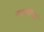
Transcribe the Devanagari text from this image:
नवममीश्वरं